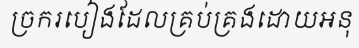
ច្រករបៀងដែលគ្រប់គ្រងដោយអនុ